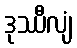
ဒုဿီလျံ